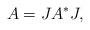
LaTeX: \begin{align*}A = JA^*J,\end{align*}